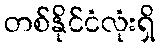
တစ်နိုင်ငံလုံးရှိ